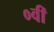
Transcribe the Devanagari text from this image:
०वीं